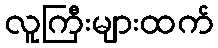
လူကြီးများထက်